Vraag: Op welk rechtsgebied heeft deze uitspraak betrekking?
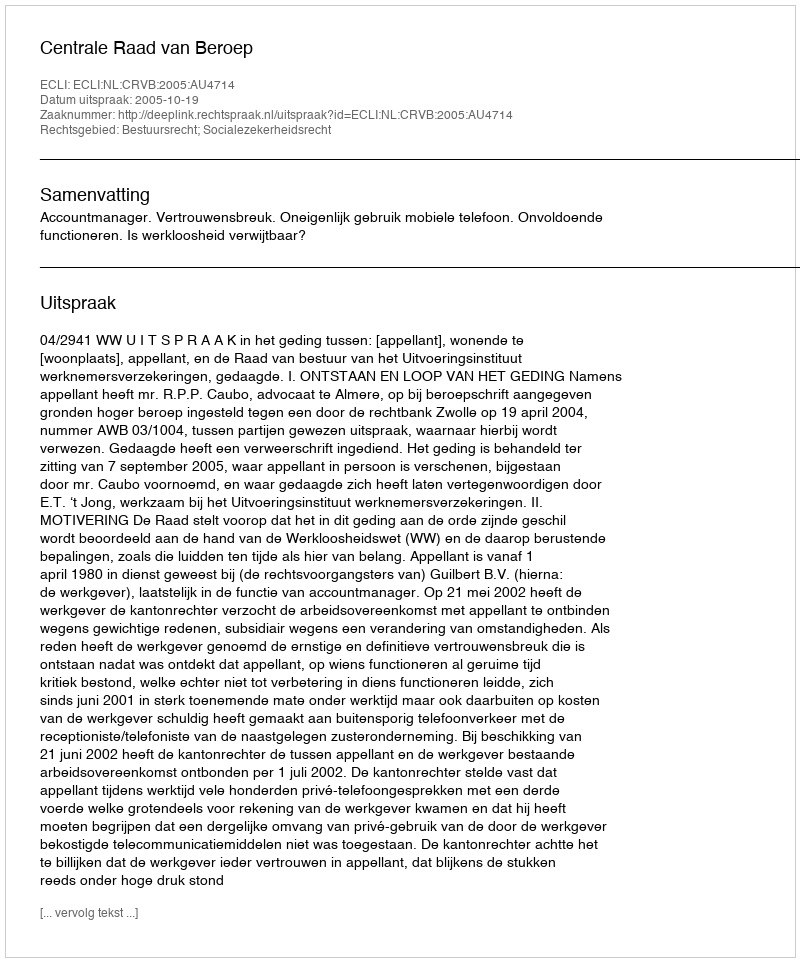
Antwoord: Bestuursrecht; Socialezekerheidsrecht